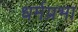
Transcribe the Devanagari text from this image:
धर्मप्रभा